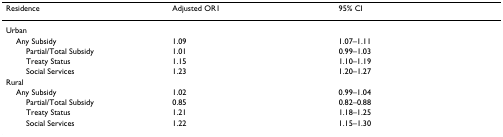
<table><thead><tr><td><b>Residence</b></td><td><b>Adjusted OR1</b></td><td><b>95% CI</b></td></tr></thead><tbody><tr><td>Urban</td><td></td><td></td></tr><tr><td> Any Subsidy</td><td>1.09</td><td>1.07–1.11</td></tr><tr><td>Partial/Total Subsidy</td><td>1.01</td><td>0.99–1.03</td></tr><tr><td>Treaty Status</td><td>1.15</td><td>1.10–1.19</td></tr><tr><td>Social Services</td><td>1.23</td><td>1.20–1.27</td></tr><tr><td>Rural</td><td></td><td></td></tr><tr><td> Any Subsidy</td><td>1.02</td><td>0.99–1.04</td></tr><tr><td>Partial/Total Subsidy</td><td>0.85</td><td>0.82–0.88</td></tr><tr><td>Treaty Status</td><td>1.21</td><td>1.18–1.25</td></tr><tr><td>Social Services</td><td>1.22</td><td>1.15–1.30</td></tr></tbody></table>